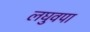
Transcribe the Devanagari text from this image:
लघुवपा